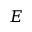
E